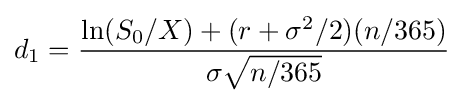
d_{1}={\dfrac {\ln(S_{0}/X)+(r+{\sigma ^{2}}/2)(n/365)}{\sigma {\sqrt {n/365}}}}